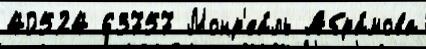
40524 63757 Монр'еа́ль Абра́мова